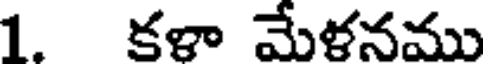
1. కళా మేళనము